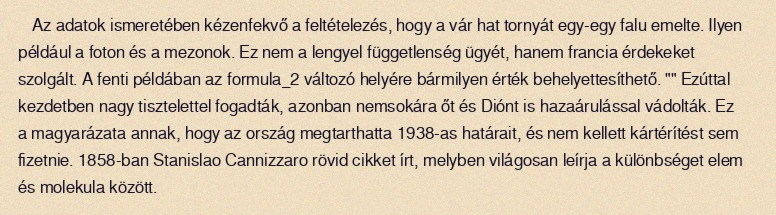
Az adatok ismeretében kézenfekvő a feltételezés, hogy a vár hat tornyát egy-egy falu emelte. Ilyen például a foton és a mezonok. Ez nem a lengyel függetlenség ügyét, hanem francia érdekeket szolgált. A fenti példában az formula_2 változó helyére bármilyen érték behelyettesíthető. "" Ezúttal kezdetben nagy tisztelettel fogadták, azonban nemsokára őt és Diónt is hazaárulással vádolták. Ez a magyarázata annak, hogy az ország megtarthatta 1938-as határait, és nem kellett kártérítést sem fizetnie. 1858-ban Stanislao Cannizzaro rövid cikket írt, melyben világosan leírja a különbséget elem és molekula között.